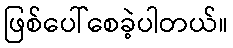
ဖြစ်ပေါ်စေခဲ့ပါတယ်။